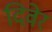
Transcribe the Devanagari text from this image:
दिवेर